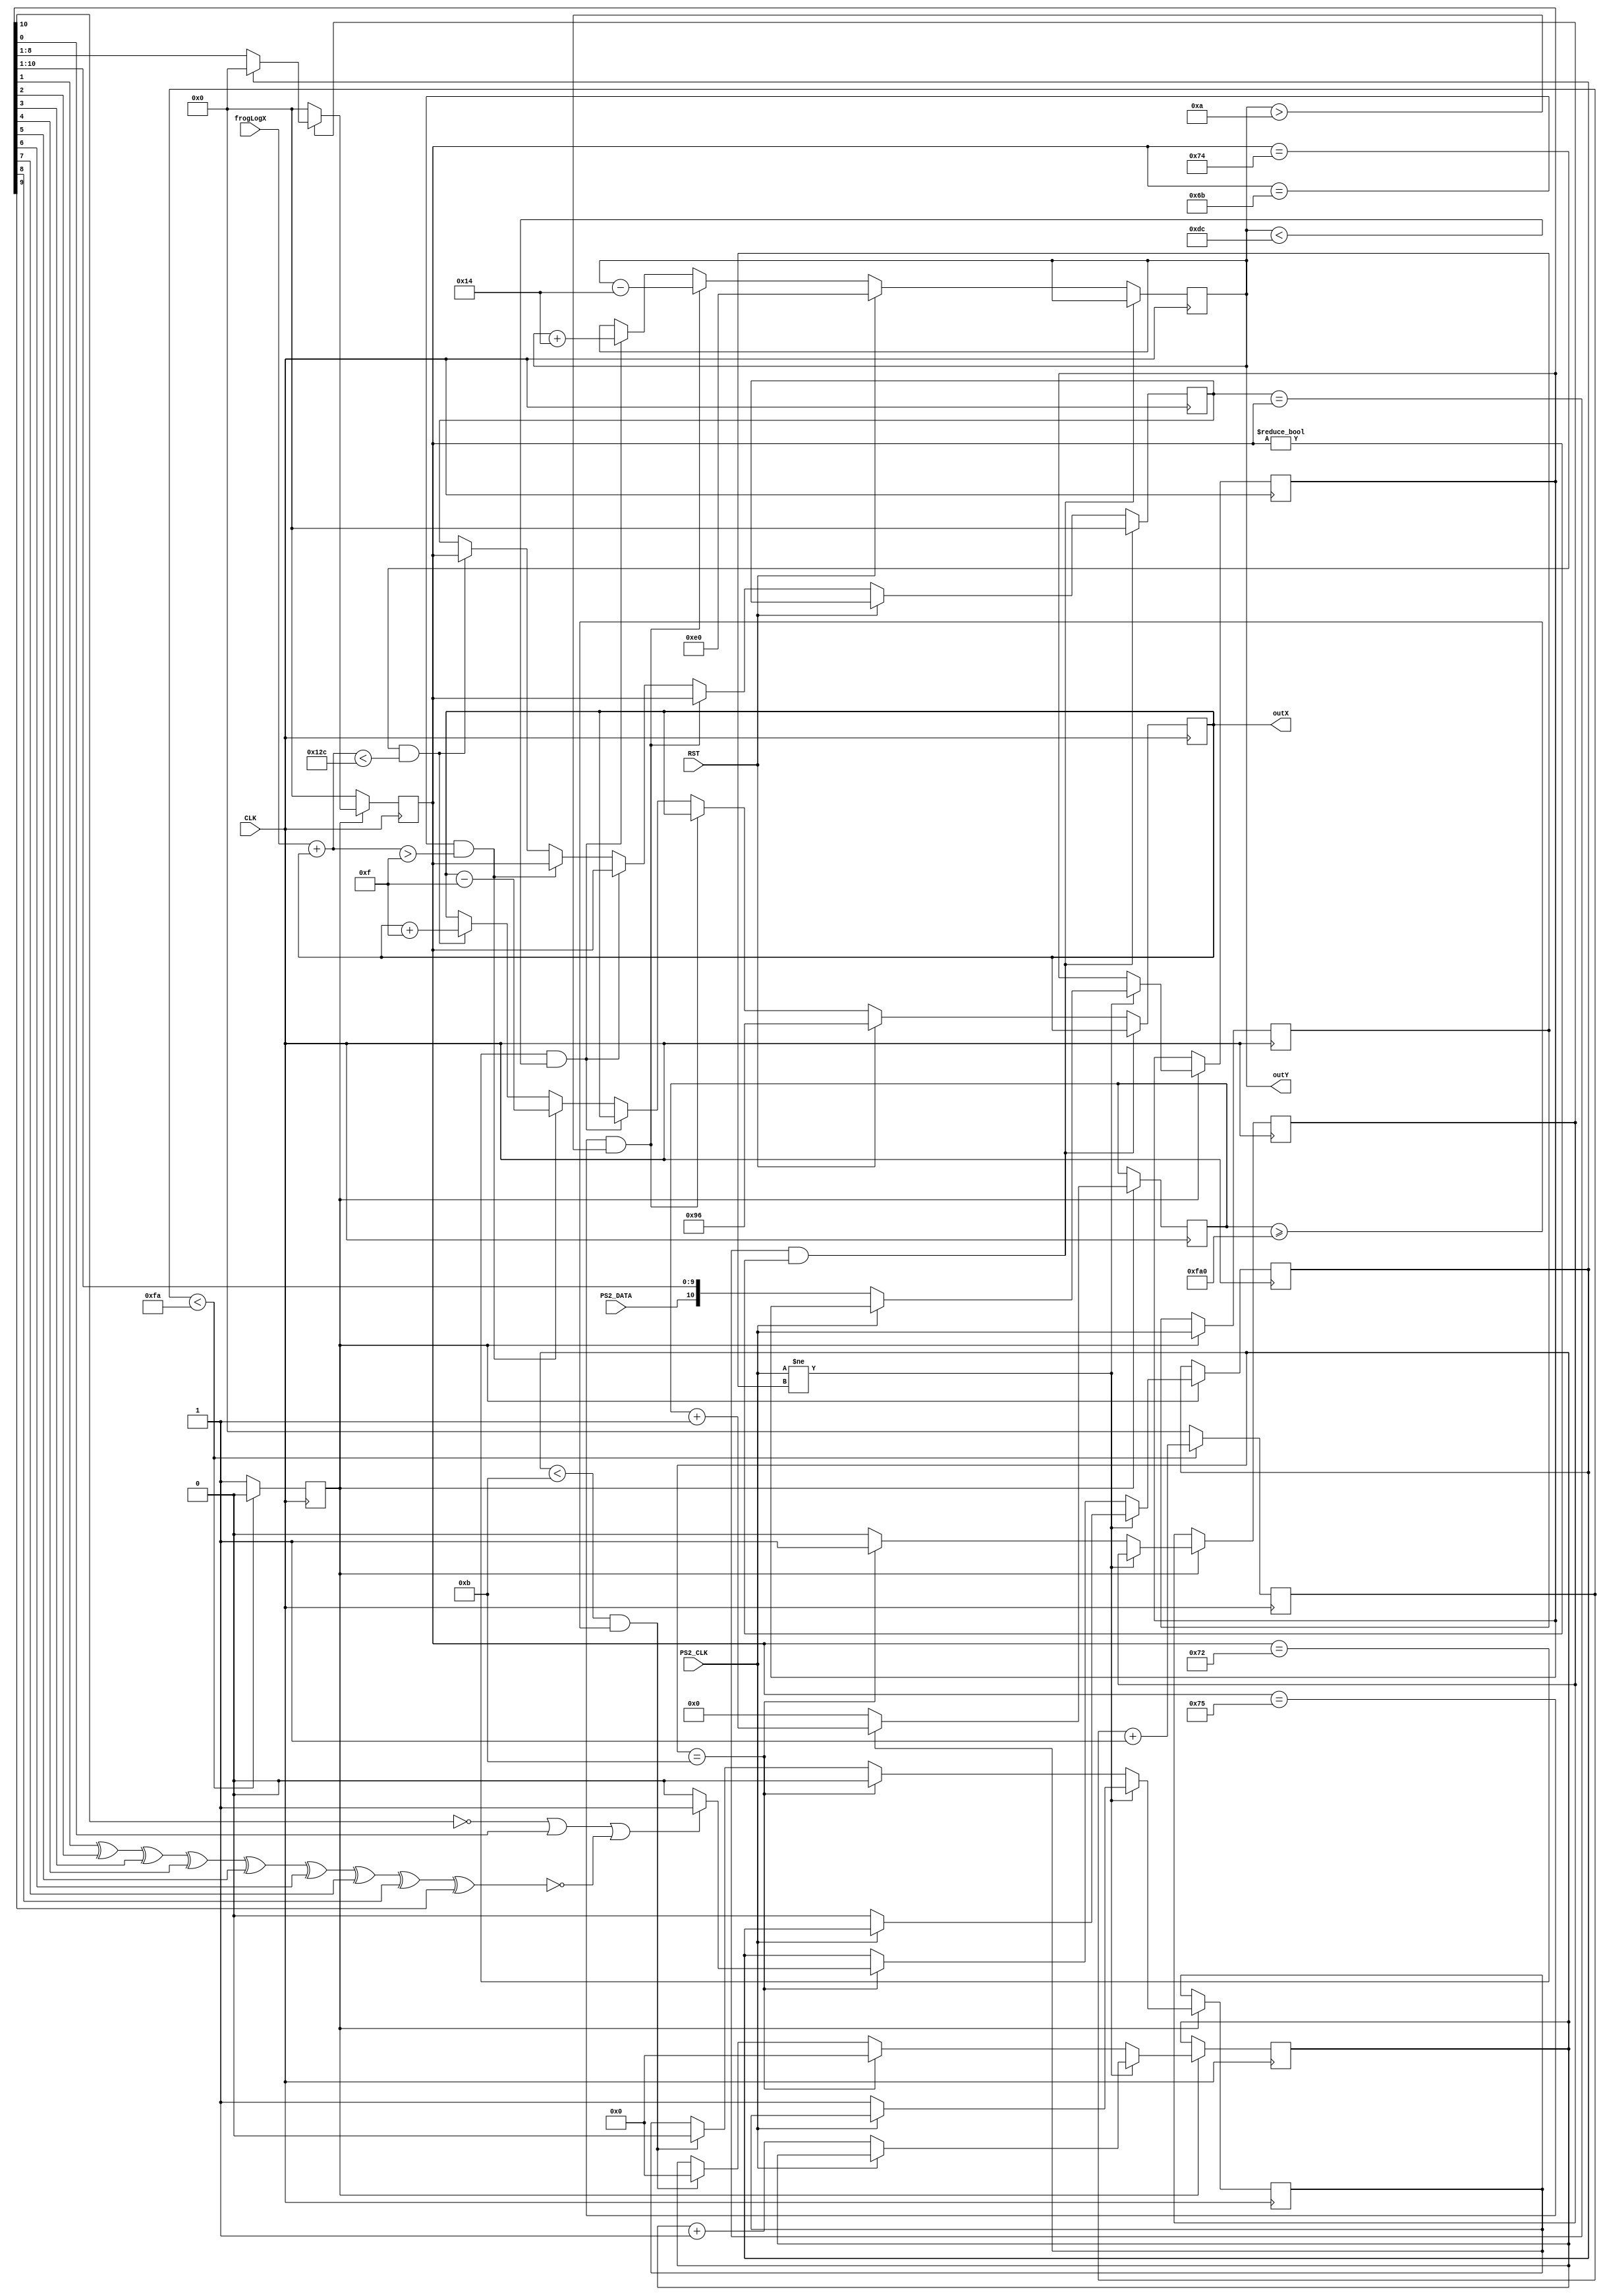
//Code obtained from Montvydas Klumbys	
//available at https://www.instructables.com/PS2-Keyboard-for-FPGA/
//modified by jacob gardner and lucian pfister
//uses the ps2 keyboard to move the frog using the arrow keys

module frogMovement(CLK, RST, PS2_CLK, PS2_DATA, frogLogX, outX, outY);
	input CLK, PS2_CLK, PS2_DATA, RST;
	output reg [8:0]outX;
	input [8:0] frogLogX;
	output reg [7:0]outY;
	wire [7:0] ARROW_UP = 8'h75;	//codes for arrows
	wire [7:0] ARROW_DOWN = 8'h72;
	wire [7:0] ARROW_LEFT = 8'h6B;
	wire [7:0] ARROW_RIGHT = 8'h74;

	reg read;				//this is 1 if still waits to receive more bits 
	reg [11:0] count_reading;		//this is used to detect how much time passed since it received the previous codeword
	reg PREVIOUS_STATE;			//used to check the previous state of the keyboard clock signal to know if it changed
	reg scan_err;				//this becomes one if an error was received somewhere in the packet
	reg [10:0] scan_code;			//this stores 11 received bits
	reg [7:0] CODEWORD;			//this stores only the DATA codeword
	reg TRIG_ARR;				//this is triggered when full 11 bits are received
	reg [3:0]COUNT;				//tells how many bits were received until now (from 0 to 11)
	reg TRIGGER = 0;			//This acts as a 250 times slower than the board clock. 
	reg [7:0]DOWNCOUNTER = 0;		//This is used together with TRIGGER - look the code

	reg [7:0] sameButton; //checks to see if the same button is found twice in a row, since input was read when the key is released
	//Set initial values
	initial begin
		PREVIOUS_STATE = 1;		
		scan_err = 0;		
		scan_code = 0;
		COUNT = 0;			
		CODEWORD = 0;
		read = 0;
		count_reading = 0;
		outX = 150;
		outY = 224;
		sameButton = 8'd0;
	end

	always @(posedge CLK) begin				//This reduces the frequency 250 times
		if (DOWNCOUNTER < 250) begin			//and uses variable TRIGGER as the new board clock 
			DOWNCOUNTER <= DOWNCOUNTER + 1;
			TRIGGER <= 0;
		end
		else begin
			DOWNCOUNTER <= 0;
			TRIGGER <= 1;
		end
	end
	
	always @(posedge CLK) begin	
		if (TRIGGER) begin
			if (read)				//if it still waits to read full packet of 11 bits, then (read == 1)
				count_reading <= count_reading + 1;	//and it counts up this variable
			else 						//and later if check to see how big this value is.
				count_reading <= 0;			//if it is too big, then it resets the received data
		end
	end


	always @(posedge CLK) begin		
	if (TRIGGER) begin						//If the down counter (CLK/250) is ready
		if (PS2_CLK != PREVIOUS_STATE) begin			//if the state of Clock pin changed from previous state
			if (!PS2_CLK) begin				//and if the keyboard clock is at falling edge
				read <= 1;				//mark down that it is still reading for the next bit
				scan_err <= 0;				//no errors
				scan_code[10:0] <= {PS2_DATA, scan_code[10:1]};	//add up the data received by shifting bits and adding one new bit
				COUNT <= COUNT + 1;			//
			end
		end
		else if (COUNT == 11) begin				//if it already received 11 bits
			COUNT <= 0;
			read <= 0;					//mark down that reading stopped
			TRIG_ARR <= 1;					//trigger out that the full pack of 11bits was received
			//calculate scan_err using parity bit
			if (!scan_code[10] || scan_code[0] || !(scan_code[1]^scan_code[2]^scan_code[3]^scan_code[4]
				^scan_code[5]^scan_code[6]^scan_code[7]^scan_code[8]
				^scan_code[9]))
				scan_err <= 1;
			else 
				scan_err <= 0;
		end	
		else  begin						//if it yet not received full pack of 11 bits
			TRIG_ARR <= 0;					//tell that the packet of 11bits was not received yet
			if (COUNT < 11 && count_reading >= 4000) begin	//and if after a certain time no more bits were received, then
				COUNT <= 0;				//reset the number of bits received
				read <= 0;				//and wait for the next packet
			end
		end
	PREVIOUS_STATE <= PS2_CLK;					//mark down the previous state of the keyboard clock
	end
	end


	always @(posedge CLK) begin
		if (TRIGGER) begin					//if the 250 times slower than board clock triggers
			if (TRIG_ARR) begin				//and if a full packet of 11 bits was received
				if (scan_err) begin			//BUT if the packet was NOT OK
					CODEWORD <= 8'd0;		//then reset the codeword register
				end
				else begin
					CODEWORD <= scan_code[8:1];	//else drop down the unnecessary  bits and transport the 7 DATA bits to CODEWORD reg
				end				//notice, that the codeword is also reversed! This is because the first bit to received
			end					//is supposed to be the last bit in the codeword
			else CODEWORD <= 8'd0;				//not a full packet received, thus reset codeword
		end
		else CODEWORD <= 8'd0;					//no clock trigger, no data
	end
	
	always @(posedge CLK) begin
	//this if statement is used to prevent inputs from being read from the release of a button
	//this was a problem we had with the original code
	if (sameButton == CODEWORD && CODEWORD != 0) sameButton <= 8'd0;
	else if (RST == 1'b1) begin
	outY <= 224;
	outX <= 150;
	end
		//the outY position is constrained so it can't go off the board
		else if (CODEWORD == ARROW_UP && outY > 9'd10)	begin			//if the CODEWORD has the same code as the ARROW_UP code
			outY <= outY - 20;
			sameButton = CODEWORD;
			end
		else if (CODEWORD == ARROW_DOWN &&  outY < 8'd220)	begin		//or if the ARROW_DOWN was pressed, then
			outY <= outY + 20;
			sameButton = CODEWORD;	
			end		
			
		//outX is constained so that the frog cannot go off the screen
		else if (CODEWORD == ARROW_LEFT && (frogLogX + outX) > 9'd15) begin
			outX <= outX - 15;
			sameButton = CODEWORD;
			end
		else if (CODEWORD == ARROW_RIGHT && (outX + frogLogX) < 9'd300) begin
			outX <= outX + 15;
			sameButton = CODEWORD;
			end

	end

endmodule